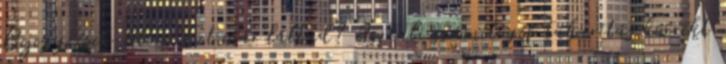
Bejegyzések Atom Ezt már láttad? Asztali számítógép takarítás korrekt